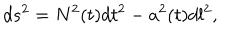
d s ^ { 2 } = N ^ { 2 } ( t ) d t ^ { 2 } - a ^ { 2 } ( t ) d l ^ { 2 } ,